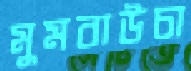
মুমবাউচা